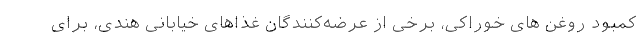
کمبود روغن های خوراکی، برخی از عرضه‌کنندگان غذاهای خیابانی هندی، برای